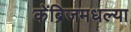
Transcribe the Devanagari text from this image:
केंब्रिजमधल्या